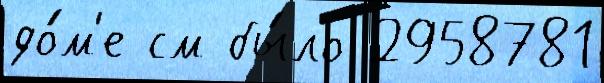
до́м'е см бы́ло 2958781